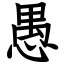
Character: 愚